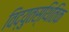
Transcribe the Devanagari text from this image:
विद्युतस्थितिक